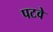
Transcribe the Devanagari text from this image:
पटवे